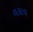
વરાવ